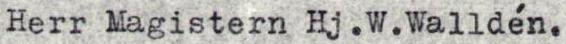
Herr Magistern Hj. W. Walldén